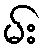
မ်း